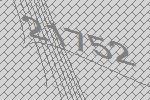
21752